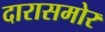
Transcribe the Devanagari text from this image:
दारासमोर